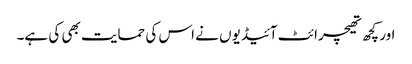
اور کچھ تھیچرائٹ آئیڈیوں نے اس کی حمایت بھی کی ہے۔